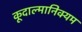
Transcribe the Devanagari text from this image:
कूदाल्मानिक्यम